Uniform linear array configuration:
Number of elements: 32
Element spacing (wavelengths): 0.25
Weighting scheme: hamming
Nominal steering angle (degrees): -60
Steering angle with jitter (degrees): -59.947
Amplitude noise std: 0.05
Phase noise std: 0.05

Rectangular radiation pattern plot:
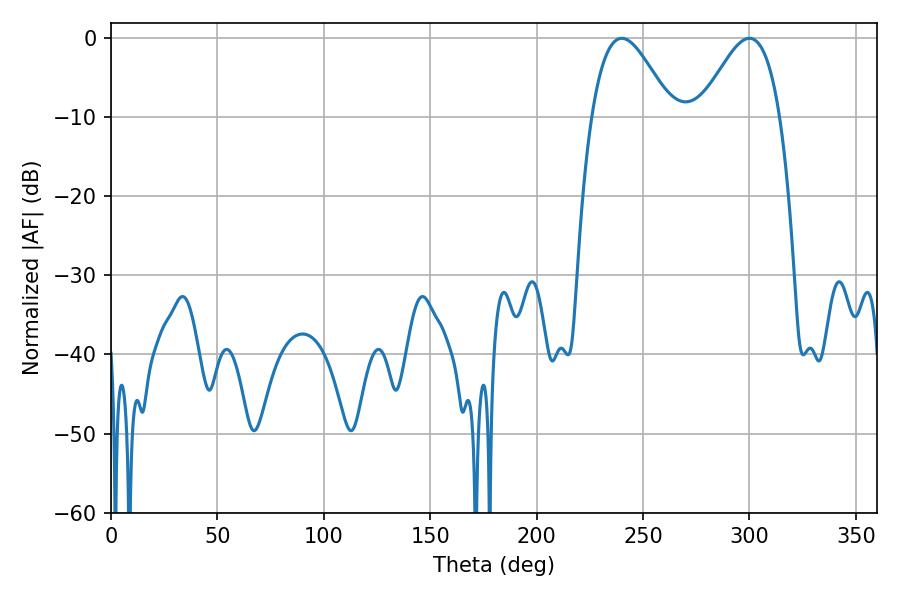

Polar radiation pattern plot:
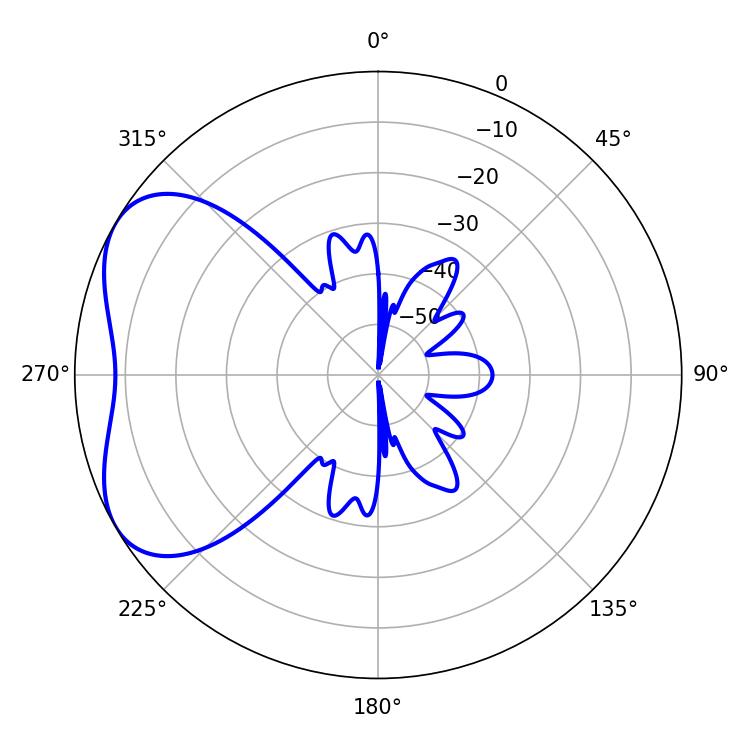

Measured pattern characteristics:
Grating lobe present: FALSE
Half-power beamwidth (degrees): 20.16
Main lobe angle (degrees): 239.94